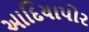
આદિયાપોર